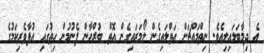
އެ ދިމާބަލައިލިއެވެ. ނިތްމައްޗަށް އަތްލައިގެން ލޯމަރައިގެން އޮތް ބުރްހާން ފެނުމުން ހިތުގައި އުފާވެރިކަމުގެ